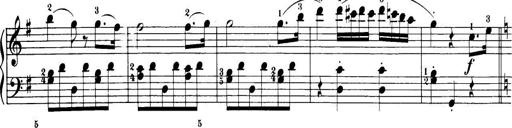
Title: 32 Sonatinas and Rondos for the Piano
Composer: Richard Kleinmichel